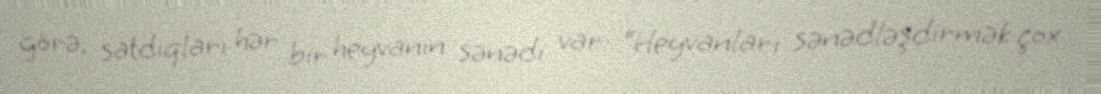
görə, satdıqları hər bir heyvanın sənədi var: “Heyvanları sənədləşdirmək çox